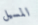
المسيل